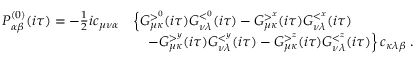
\begin{array} { r l } { P _ { \alpha \beta } ^ { ( 0 ) } ( i \tau ) = - \frac { 1 } { 2 } i c _ { \mu \nu \alpha } } & { \left\{ G _ { \mu \kappa } ^ { > ^ { 0 } } ( i \tau ) G _ { \nu \lambda } ^ { < ^ { 0 } } ( i \tau ) - G _ { \mu \kappa } ^ { > ^ { x } } ( i \tau ) G _ { \nu \lambda } ^ { < ^ { x } } ( i \tau ) \right. } \\ & { \left. \quad - G _ { \mu \kappa } ^ { > ^ { y } } ( i \tau ) G _ { \nu \lambda } ^ { < ^ { y } } ( i \tau ) - G _ { \mu \kappa } ^ { > ^ { z } } ( i \tau ) G _ { \nu \lambda } ^ { < ^ { z } } ( i \tau ) \right\} c _ { \kappa \lambda \beta } \; . } \end{array}